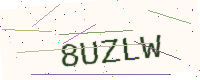
Text: 8UZLW